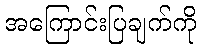
အကြောင်းပြချက်ကို